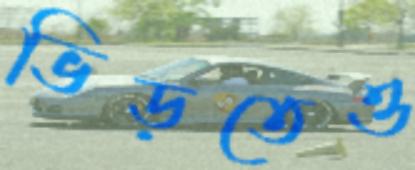
ভিড়তেও